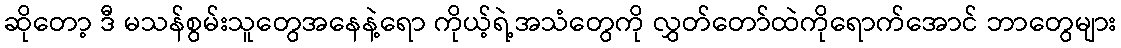
ဆိုတော့ ဒီ မသန်စွမ်းသူတွေအနေနဲ့ရော ကိုယ့်ရဲ့အသံတွေကို လွှတ်တော်ထဲကိုရောက်အောင် ဘာတွေများ